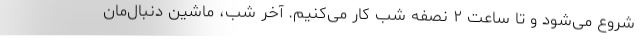
شروع می‌شود و تا ساعت ۲ نصفه شب کار می‌کنیم. آخر شب، ماشین دنبال‌مان